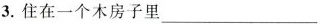
3.住在一个木房子里___